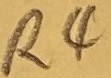
Text: R4